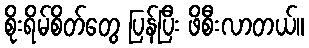
စိုးရိမ်စိတ်တွေ ပြန်ပြီး ဖိစီးလာတယ်။